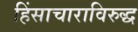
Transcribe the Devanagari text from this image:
हिंसाचाराविरुद्ध